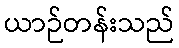
ယာဉ်တန်းသည်